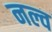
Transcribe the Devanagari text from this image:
नल्व